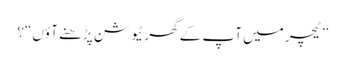
”ٹیچر میں آپ کے گھر ٹیو شن پڑھنے آ ؤں“؟